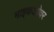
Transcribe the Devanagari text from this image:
माइकओवर